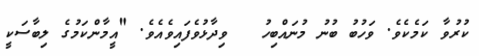
ކުރުވާ ކަމެކެވެ. ވަހުބު ބުނު މުނައްބިހު   ވިދާޅުވެފައިވެއެވެ. "އީމާންކަމުގެ ލިބާސަކީ